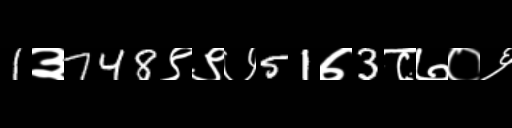
Text: 1३748९९७51७3८७०६